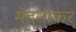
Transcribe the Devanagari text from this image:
मेदनीकर